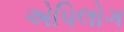
એપિલોગ